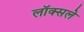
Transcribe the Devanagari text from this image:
लॉक्सले